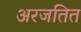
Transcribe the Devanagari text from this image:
अरजतित